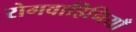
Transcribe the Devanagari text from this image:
रोगवाहिनियाँ